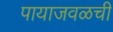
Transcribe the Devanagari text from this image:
पायाजवळची